Leprosy in India: report of the Leprosy Commission in India, 1890-91
Year: 1890
Disease focus: Leprosy
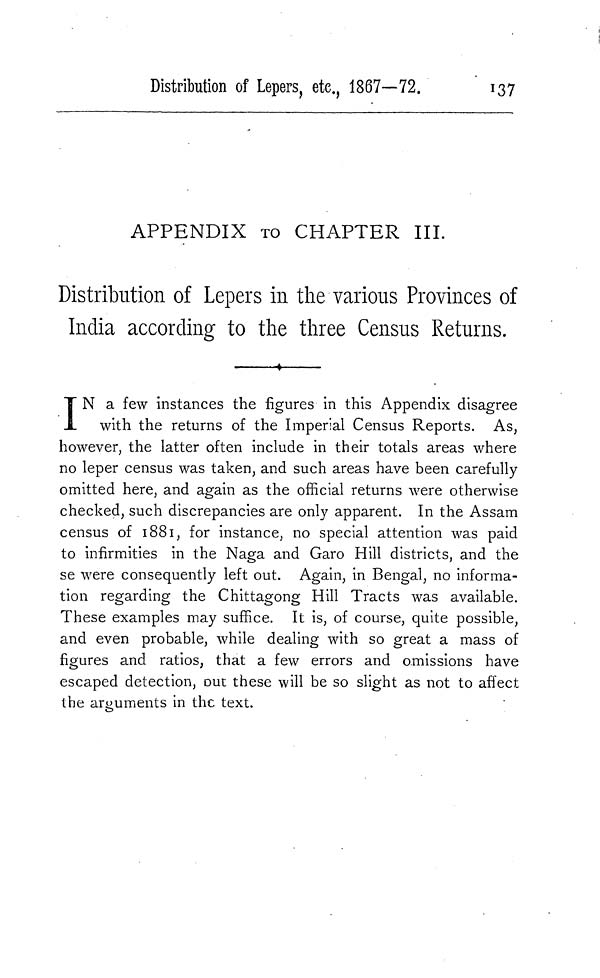
Distribution of Lepers, etc, 1867—72.
137
APPENDIX TO CHAPTER III.
Distribution of Lepers in the various Provinces of
India according to the three Census Returns.
I N a few instances the figures in this Appendix disagree
with the returns of the Imperial Census Reports. As,
however, the latter often include in their totals areas where
no leper census was taken, and such areas have been carefully
omitted here, and again as the official returns were otherwise
checked, such discrepancies are only apparent. In the Assam
census of 1881, for instance, no special attention was paid
to infirmities in the Naga and Garo Hill districts, and the
se were consequently left out. Again, in Bengal, no informa-
tion regarding the Chittagong Hill Tracts was available.
These examples may suffice. It is, of course, quite possible,
and even probable, while dealing with so great a mass of
figures and ratios, that a few errors and omissions have
escaped detection, out these will be so slight as not to affect
the arguments in the text.